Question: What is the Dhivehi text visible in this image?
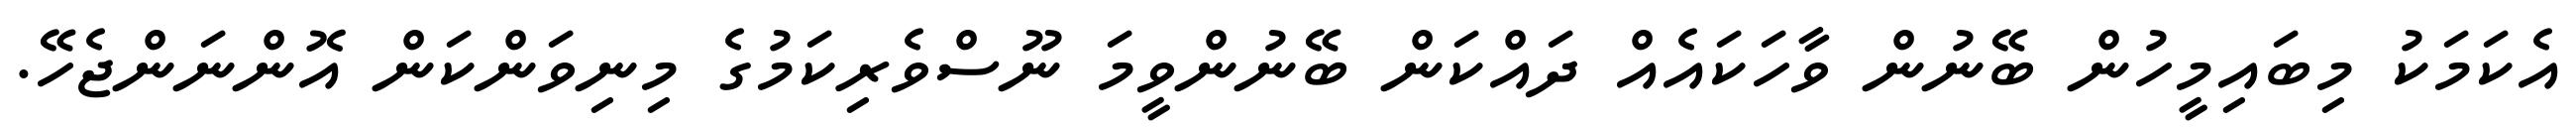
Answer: އެކަމަކު މިބައިމީހުން ބޭނުން ވާހަކައެއް ދައްކަން ބޭނުންވީމަ ނޫސްވެރިކަމުގެ މިނިވަންކަން އޮންނަންޖެހޭ.